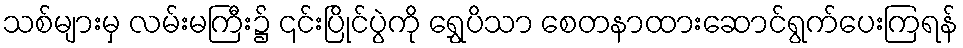
သစ်များမှ လမ်းမကြီး၌ ၎င်းပြိုင်ပွဲကို ရွှေပိသာ စေတနာထားဆောင်ရွက်ပေးကြရန်